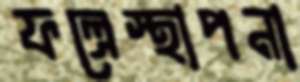
ফল্রেস্থাপনা